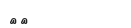
٤٠